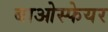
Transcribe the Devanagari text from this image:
बाओस्फेयर